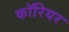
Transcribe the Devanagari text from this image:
कॉरियर